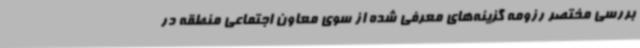
بررسی مختصر رزومه گزینه‌های معرفی شده از سوی معاون اجتماعی منطقه در